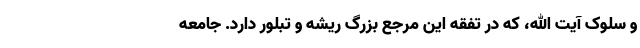
و سلوک آیت الله، که در تفقه این مرجع بزرگ ریشه و تبلور دارد. جامعه